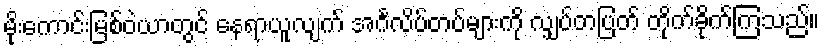
မိုးကောင်းမြစ်ဝဲယာတွင် နေရာယူလျက် အင်္ဂလိပ်တပ်များကို လျှပ်တပြတ် တိုက်ခိုက်ကြသည်။